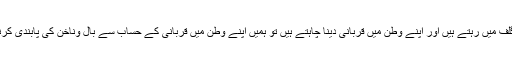
اگر ہم گلف میں رہتے ہیں اور اپنے وطن میں قربانی دینا چاہتے ہیں تو ہمیں اپنے وطن میں قربانی کے حساب سے بال وناخن کی پابندی کرنی ہے ۔